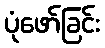
ပုံဖော်ခြင်း